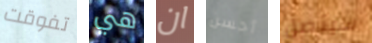
تفوقت هي ان أحسن سيتصل